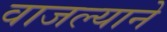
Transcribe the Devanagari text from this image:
वाजल्याने